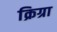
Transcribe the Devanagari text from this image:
क्रिग्रा